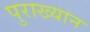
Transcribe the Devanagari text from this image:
पुराख्यान